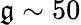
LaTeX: \mathfrak{g}\sim50